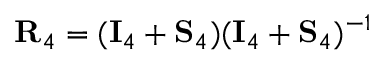
\mathbf { R } _ { 4 } = ( \mathbf { I } _ { 4 } + \mathbf { S } _ { 4 } ) ( \mathbf { I } _ { 4 } + \mathbf { S } _ { 4 } ) ^ { - 1 }